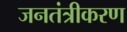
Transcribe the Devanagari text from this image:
जनतंत्रीकरण